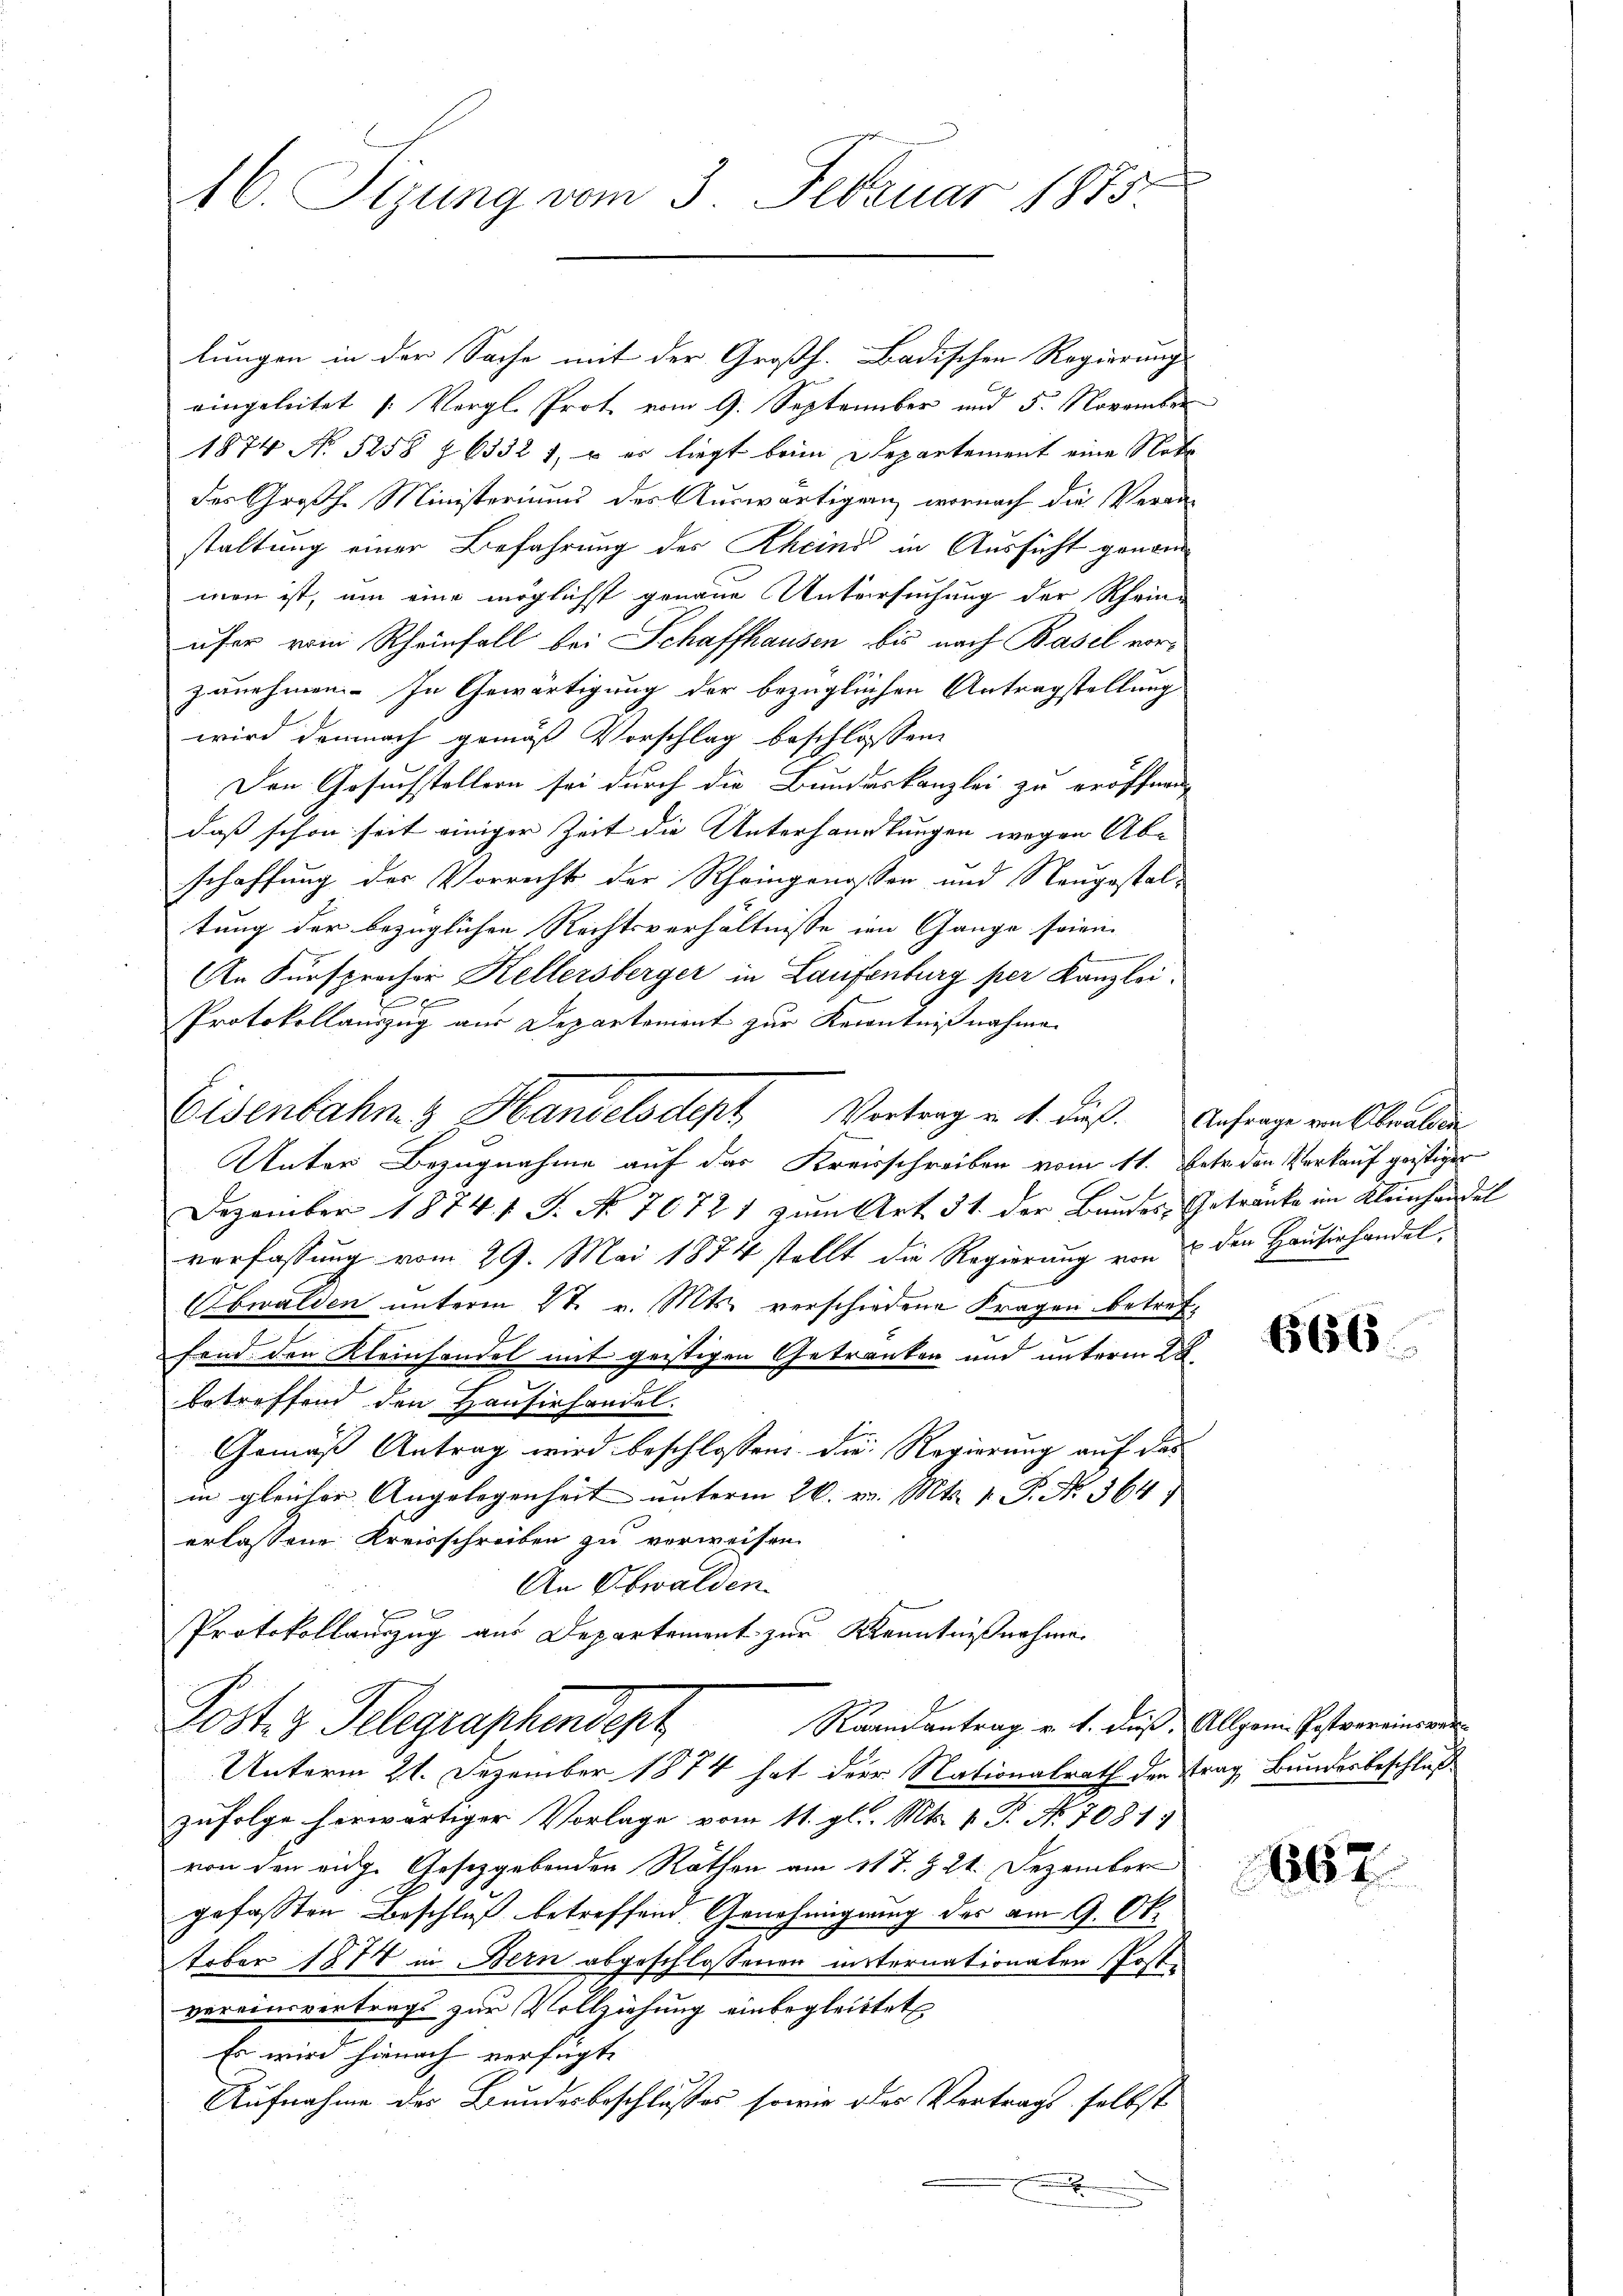
16. Stzung vom 3. Februar 1873.

lungen in der Sache mit der Großh. Badischen Regierungs
eingeleitet (: Vergl. Prot vom 9. September und 5. November
1874 No 5258 § 63321, – er liegt beim Departement eine Nota
der Großh. Ministeriums des Auswärtigung wornach die Veran-
staltung einer Befahrung des Rheind in Aussicht genan
men ist, um eine möglichst genaue Untersuchung der Rhein-
ufer vom Rheinfall bei Schaffhausen bis nach Basel vorzunehmen. In Gewärtigung der bezüglichen Antragstellung
wird demnach gemäß Vorschlag beschlossen:
Den Gesuchstellern sei durch die Bundeskanzlei zu eröffnen
daß schon seit einiger Zeit die Unterhauptungen wegen Ab-
schaffung des Vorrecht der Rheingenossen und Neugestaltung der bezüglichen Rechtsverhältnisse im Gange seien.
An Kurspracher Kellersberger in Laufenburg per Kanzlei.
ff
Protokollauszug aus Departement zur Kenntnißnahme
Unter Bezugnahme auf das Kreisschreiben vom 11. betr. den Verkauf geistiger
Dezember 1874 f. S. No. 70721 zum Art 51 der Bandes, Getränke im Kleinhandel
verfassung vom 29. Mai 1874 stellt die Regierung von & der Hausirhandel¬
Obwalden unterm 27. v. Mts. verschiedene Fragen betreffend der Kleinhandel mit geistigen Getranken und unterm 28.
betreffend den Hausirhandel.
Gemäß Antrag wird beschlossen: die Regierung auf das
in gleicher Angelegenheit unterm 26. v. Mts. 1. P. Nr. 364
erlassene Kreisschreiben zu verweisen.
An Obwalden
f
Protokollauszug aus Departement zur Kenntnißnahme.
Postes Telegraphendest
Raandantrag v. h. dieß. Allgomi Postvereinswer
Unterm 21. Dezember 1874 hat der Nationalrath der trag, Bundesbeschluß
zufolge herwärtiger Vorlage vom 11. gl. Mts. v. P. Nr. 7081.
von den eidg. Gesetzgebenden Räthen am 11t. § 21. Dezember
gefaßten Beschluß betreffend Genehmigung des am 9. Oktober 1874 in Bern abgeschlossenen insternationalen Postvereinsvertrags zur Vollziehung einbegleitet
Es wird hienach verfügte
Aufnahme des Bundesbeschlusses sowie des Vertrags selbst
x

Eisenbahn & Handelsdept Vertrag v. 4. dieß. Anfrage von Oberalien

666.

867